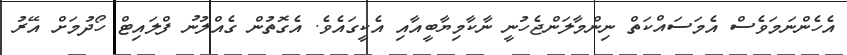
އެހެންނަމަވެސް އެމަސައްކަތް ނިންމާލަންޖެހުނީ ނާކާމިޔާބީއާއި އެކީގައެވެ. އެގޮތުން ގެއްލުނު ފްލައިޓް ހޯދުމަށް އޭރު